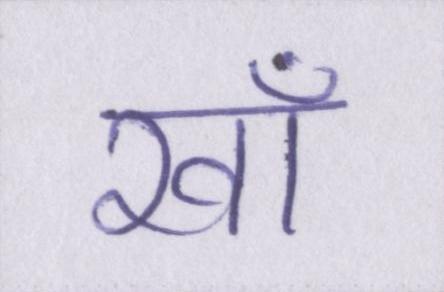
खाँ